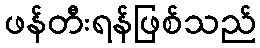
ဖန်တီးရန်ဖြစ်သည်